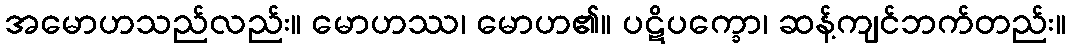
အမောဟသည်လည်း။ မောဟဿ၊ မောဟ၏။ ပဋိပက္ခော၊ ဆန့်ကျင်ဘက်တည်း။